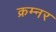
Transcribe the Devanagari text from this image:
क्रम्नर